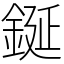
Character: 鋋